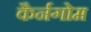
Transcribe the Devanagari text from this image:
कैर्नगोम